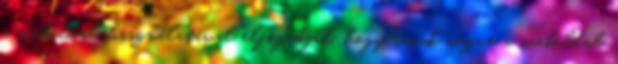
a weboldal használatával elfogadják, hogy rájuk nézve a weboldal